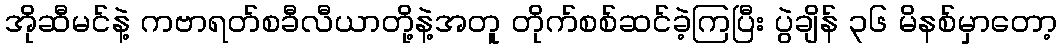
အိုဆီမင်နဲ့ ကဗာရတ်စခီလီယာတို့နဲ့အတူ တိုက်စစ်ဆင်ခဲ့ကြပြီး ပွဲချိန် ၃၆ မိနစ်မှာတော့